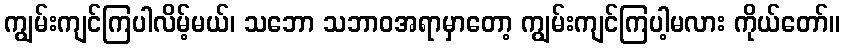
ကျွမ်းကျင်ကြပါလိမ့်မယ်၊ သဘော သဘာဝအရာမှာတော့ ကျွမ်းကျင်ကြပါ့မလား ကိုယ်တော်။